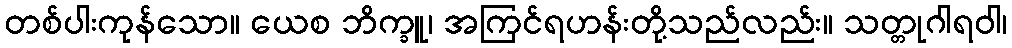
တစ်ပါးကုန်သော။ ယေစ ဘိက္ခူ၊ အကြင်ရဟန်းတို့သည်လည်း။ သတ္တုဂါရဝါ၊